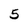
Character: 5